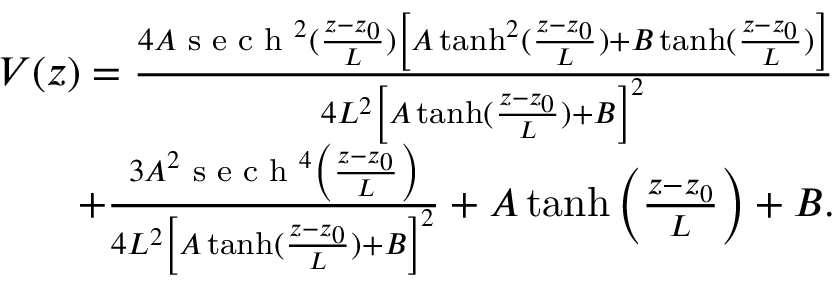
\begin{array} { r } { V ( z ) = \frac { 4 A \textrm { s e c h } ^ { 2 } ( \frac { z - z _ { 0 } } { L } ) \left[ A \operatorname { t a n h } ^ { 2 } ( \frac { z - z _ { 0 } } { L } ) + B \operatorname { t a n h } ( \frac { z - z _ { 0 } } { L } ) \right] } { 4 L ^ { 2 } \left[ A \operatorname { t a n h } ( \frac { z - z _ { 0 } } { L } ) + B \right] ^ { 2 } } } \\ { + \frac { 3 A ^ { 2 } \textrm { s e c h } ^ { 4 } \left( \frac { z - z _ { 0 } } { L } \right) } { 4 L ^ { 2 } \left[ A \operatorname { t a n h } ( \frac { z - z _ { 0 } } { L } ) + B \right] ^ { 2 } } + A \operatorname { t a n h } \left( \frac { z - z _ { 0 } } { L } \right) + B . } \end{array}